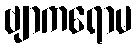
ဗျာကရောမ